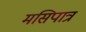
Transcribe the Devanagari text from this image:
मसिपात्र